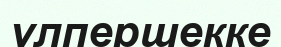
үлпершекке